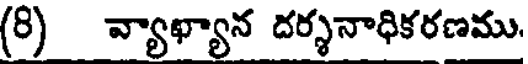
(8) వ్యాఖ్యాన దర్శనాధికరణము.